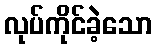
လုပ်ကိုင်ခဲ့သော